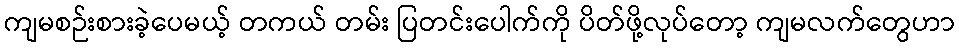
ကျမစဉ်းစားခဲ့ပေမယ့် တကယ် တမ်း ပြတင်းပေါက်ကို ပိတ်ဖို့လုပ်တော့ ကျမလက်တွေဟာ